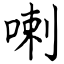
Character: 喇